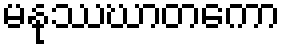
မနုဿဃာတကော